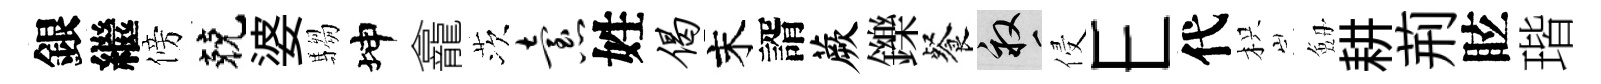
銀繼傍兢婆騶坤龕茨怠姓偈末諝蕨鑠餐畝侵E代枳劔耕荊眩瑎